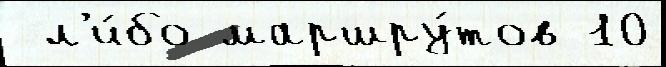
 л'и́бо маршру́тов 10